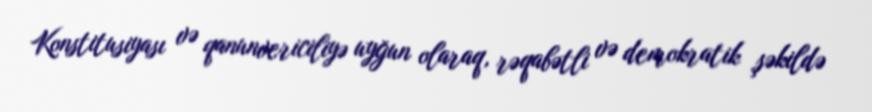
Konstitusiyası və qanunvericiliyə uyğun olaraq, rəqabətli və demokratik şəkildə